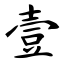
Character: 壹